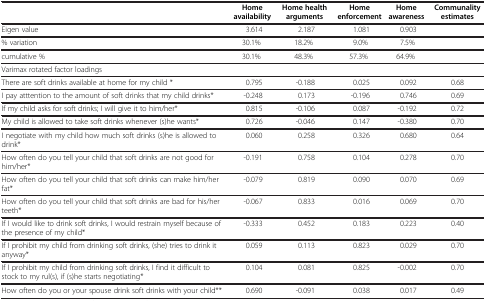
<table><thead><tr><td><b> </b></td><td><b>Home availability</b></td><td><b>Home health arguments</b></td><td><b>Home enforcement</b></td><td><b>Home awareness</b></td><td><b>Communality estimates</b></td></tr></thead><tbody><tr><td>Eigen value</td><td>3.614</td><td>2.187</td><td>1.081</td><td>0.903</td><td> </td></tr><tr><td>% variation</td><td>30.1%</td><td>18.2%</td><td>9.0%</td><td>7.5%</td><td> </td></tr><tr><td>cumulative %</td><td>30.1%</td><td>48.3%</td><td>57.3%</td><td>64.9%</td><td> </td></tr><tr><td colspan="6">Varimax rotated factor loadings</td></tr><tr><td>There are soft drinks available at home for my child *</td><td>0.795</td><td>-0.188</td><td>0.025</td><td>0.092</td><td>0.68</td></tr><tr><td>I pay atttention to the amount of soft drinks that my child drinks*</td><td>-0.248</td><td>0.173</td><td>-0.196</td><td>0.746</td><td>0.69</td></tr><tr><td>If my child asks for soft drinks; I will give it to him/her*</td><td>0.815</td><td>-0.106</td><td>0.087</td><td>-0.192</td><td>0.72</td></tr><tr><td>My child is allowed to take soft drinks whenever (s)he wants*</td><td>0.726</td><td>-0.046</td><td>0.147</td><td>-0.380</td><td>0.70</td></tr><tr><td>I negotiate with my child how much soft drinks (s)he is allowed to drink*</td><td>0.060</td><td>0.258</td><td>0.326</td><td>0.680</td><td>0.64</td></tr><tr><td>How often do you tell your child that soft drinks are not good for him/her*</td><td>-0.191</td><td>0.758</td><td>0.104</td><td>0.278</td><td>0.70</td></tr><tr><td>How often do you tell your child that soft drinks can make him/her fat*</td><td>-0.079</td><td>0.819</td><td>0.090</td><td>0.070</td><td>0.69</td></tr><tr><td>How often do you tell your child that soft drinks are bad for his/her teeth*</td><td>-0.067</td><td>0.833</td><td>0.016</td><td>0.069</td><td>0.70</td></tr><tr><td>If I would like to drink soft drinks, I would restrain myself because of the presence of my child*</td><td>-0.333</td><td>0.452</td><td>0.183</td><td>0.223</td><td>0.40</td></tr><tr><td>If I prohibit my child from drinking soft drinks, (she) tries to drink it anyway*</td><td>0.059</td><td>0.113</td><td>0.823</td><td>0.029</td><td>0.70</td></tr><tr><td>If I prohibit my child from drinking soft drinks, I find it difficult to stock to my rul(s), if (s)he starts negotiating*</td><td>0.104</td><td>0.081</td><td>0.825</td><td>-0.002</td><td>0.70</td></tr><tr><td>How often do you or your spouse drink soft drinks with your child**</td><td>0.690</td><td>-0.091</td><td>0.038</td><td>0.017</td><td>0.49</td></tr></tbody></table>